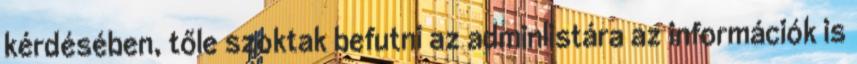
kérdésében, tőle szoktak befutni az adminlistára az információk is